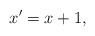
LaTeX: \begin{align*}x'=x+1,\end{align*}